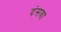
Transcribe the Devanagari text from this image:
दंसवा